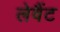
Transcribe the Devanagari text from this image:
लेवैंट